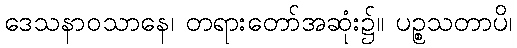
ဒေသနာဝသာနေ၊ တရားတော်အဆုံး၌။ ပဉ္စသတာပိ၊